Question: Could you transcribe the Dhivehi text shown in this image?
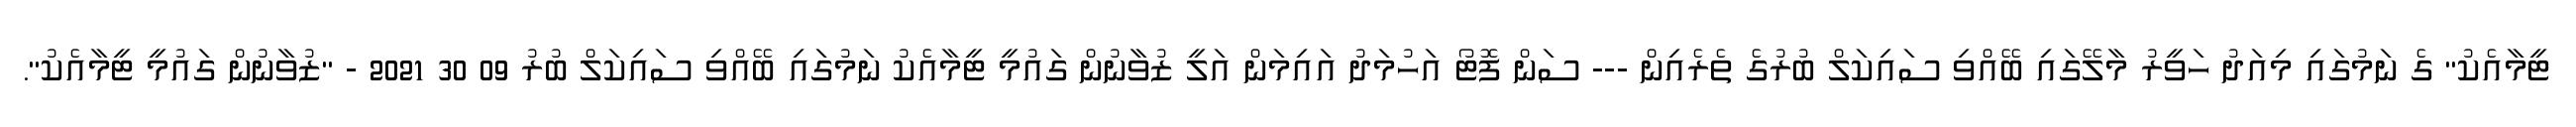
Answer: ޓީމާއެކު" ގެ ނަމުގައި މިއަދު ހަވީރު މާލޭގައި ބޭއްވި ސައިކަލް ބުރުގެ ތެރެއިން --- ސަން ފޮޓޯ އަހުމަދު އައިމަން އަލީ ޒުވާނުން ގައުމީ ޓީމާއެކު ނަމުގައި ބޭއްވި ސައިކަލް ބުރު 09 30 2021 - "ޒުވާނުން ގައުމީ ޓީމާއެކު".